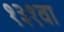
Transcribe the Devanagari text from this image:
१३१वा